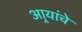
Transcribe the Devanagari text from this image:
आर्‍यांचे